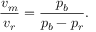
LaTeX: { \frac { v _ { m } } { v _ { r } } } = { \frac { p _ { b } } { p _ { b } - p _ { r } } } .